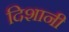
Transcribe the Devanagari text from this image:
दिशानी